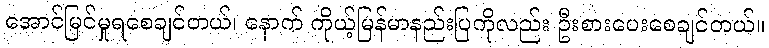
အောင်မြင်မှုရစေချင်တယ်၊ နောက် ကိုယ့်မြန်မာနည်းပြကိုလည်း ဦးစားပေးစေချင်တယ်။